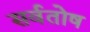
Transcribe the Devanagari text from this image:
सर्वतोष